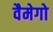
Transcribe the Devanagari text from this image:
वैमेगो